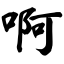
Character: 啊